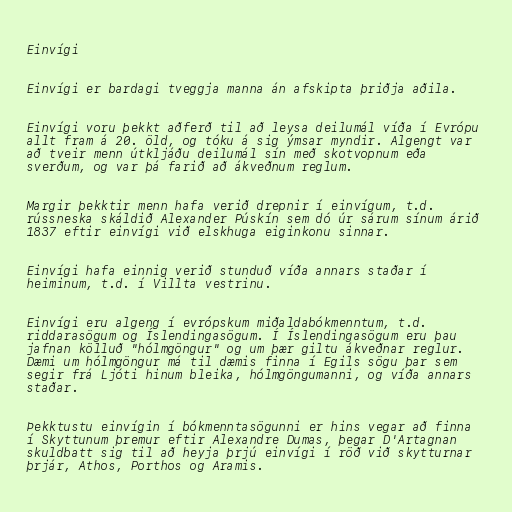
Einvígi

Einvígi er bardagi tveggja manna án afskipta þriðja aðila.

Einvígi voru þekkt aðferð til að leysa deilumál víða í Evrópu
allt fram á 20. öld, og tóku á sig ýmsar myndir. Algengt var
að tveir menn útkljáðu deilumál sín með skotvopnum eða
sverðum, og var þá farið að ákveðnum reglum.

Margir þekktir menn hafa verið drepnir í einvígum, t.d.
rússneska skáldið Alexander Púskín sem dó úr sárum sínum árið
1837 eftir einvígi við elskhuga eiginkonu sinnar.

Einvígi hafa einnig verið stunduð víða annars staðar í
heiminum, t.d. í Villta vestrinu.

Einvígi eru algeng í evrópskum miðaldabókmenntum, t.d.
riddarasögum og Íslendingasögum. Í Íslendingasögum eru þau
jafnan kölluð "hólmgöngur" og um þær giltu ákveðnar reglur.
Dæmi um hólmgöngur má til dæmis finna í Egils sögu þar sem
segir frá Ljóti hinum bleika, hólmgöngumanni, og víða annars
staðar.

Þekktustu einvígin í bókmenntasögunni er hins vegar að finna
í Skyttunum þremur eftir Alexandre Dumas, þegar D'Artagnan
skuldbatt sig til að heyja þrjú einvígi í röð við skytturnar
þrjár, Athos, Porthos og Aramis.